system: You are a helpful assistant.
user:
Analyze the provided spectrum to determine if it is a **"Cataclysmic Variables (CV)"**.

- **Key Indicators for CV (Check for either state):**
    - **State 1: Quiescent / Low-State (Emission-Dominated)**
        - **(Primary):** Strong and *very broad* Hydrogen Balmer emission lines (e.g., $H\alpha$ at 6563 Å, $H\beta$ at 4861 Å). The 'broadness' (high velocity dispersion, often FWHM > 1000 km/s) is the key diagnostic, indicating a high-velocity accretion disk.
        - **(Secondary):** Broad neutral Helium (He I) emission lines (e.g., 5876 Å, 6678 Å).
        - **(Key Confirmation):** Presence of high-excitation *ionized* Helium (He II) emission at 4686 Å. This is a strong indicator of accretion onto a white dwarf.
        - **(Line Profile):** Emission lines may exhibit a 'double-peaked' profile, which is a classic signature of a rotating accretion disk viewed at high inclination.

    - **State 2: Outburst / High-State (Absorption-Dominated)**
        - **(Primary):** Spectrum is dominated by a bright, blue continuum (looks like a hot star).
        - **(Secondary):** The emission lines from State 1 are weak, absent, or 'filled in', and are replaced by broad, shallow *absorption* lines (primarily Balmer and He I).
        - **(Morphology):** The overall spectrum mimics a hot B/A-type star. The crucial difference is that the absorption lines are significantly broader, shallower, and more 'washed-out' (or 'smeared') than the sharp lines of a normal stellar photosphere, due to high rotational speeds and pressure broadening in the disk.

Think first, call **spectral_visualization_tool** if needed to examine features in detail, then provide your final answer. Your response must adhere to the following strict rules:
1.  **Overall Structure:** Your response must follow the format `<think>...</think> <tool_call>...</tool_call> (if a tool is used) <answer>...</answer>`.
2.  **Tool Usage Constraint:** You may only make **one** tool call per turn.
3.  **Final Answer Format:** In the `<answer>` tag, your conclusion must be inside a `\boxed{}` command (e.g., `\boxed{YES}`), followed by your justification.

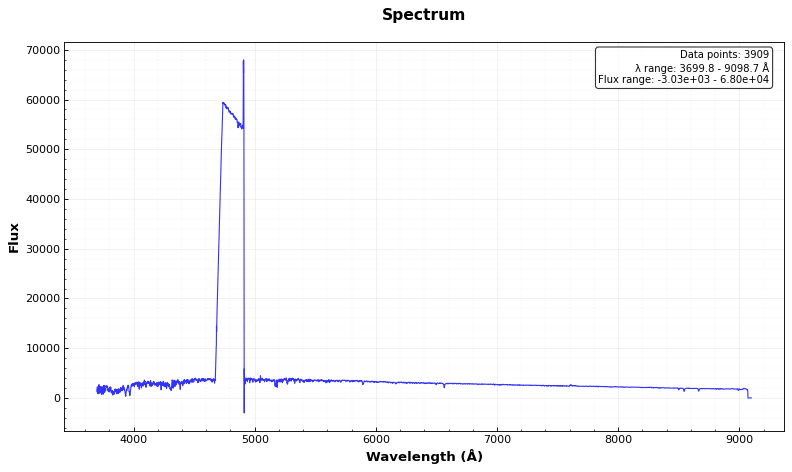
Answer: NO